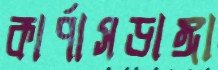
কার্পাসডাঙ্গা